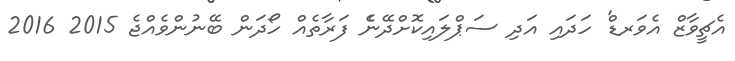
އެޗީވާޒް އެވަރޑް' ހަދައި އަދި ސަޕްލައިކޮށްދޭނެެ ފަރާތެއް ހޯދަން ބޭނުންވެއްޖެ 2015 2016